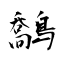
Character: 鷮